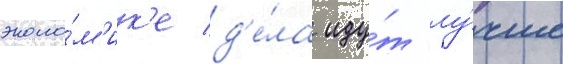
эконо́м'ик'е д'е́ла иду́т лу́чше